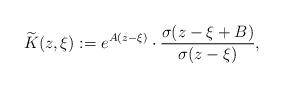
LaTeX: \begin{align*}\widetilde{K}(z, \xi) := e^{A(z-\xi)}\cdot \frac{\sigma(z-\xi+B)}{\sigma(z-\xi)}, \end{align*}